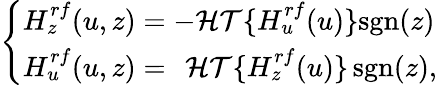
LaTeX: \left\{ \begin{array}{l}{H_{z}^{rf}(u,z)=-\mathcal{HT}\{ H_{u}^{rf}(u)\} \textrm{sgn}(z)}\\ {H_{u}^{rf}(u,z)=~\, \mathcal{HT}\{ H_{z}^{rf}(u)\} \, \textrm{sgn}(z),}\end{array}\right.